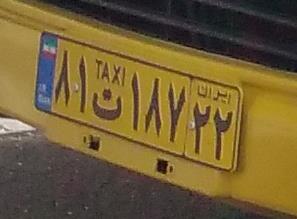
۸۱ت۱۸۷۲۲